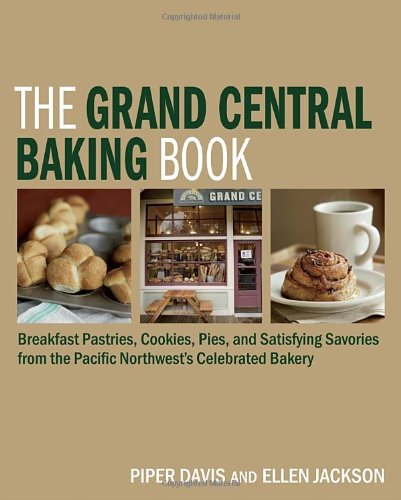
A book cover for The Grand Central Baking Book: Breakfast Pastries, Cookies, Pies, and Satisfying Savories from the Pacific Northwest's Celebrated Bakery; Piper Davis; Cookbooks, Food & Wine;